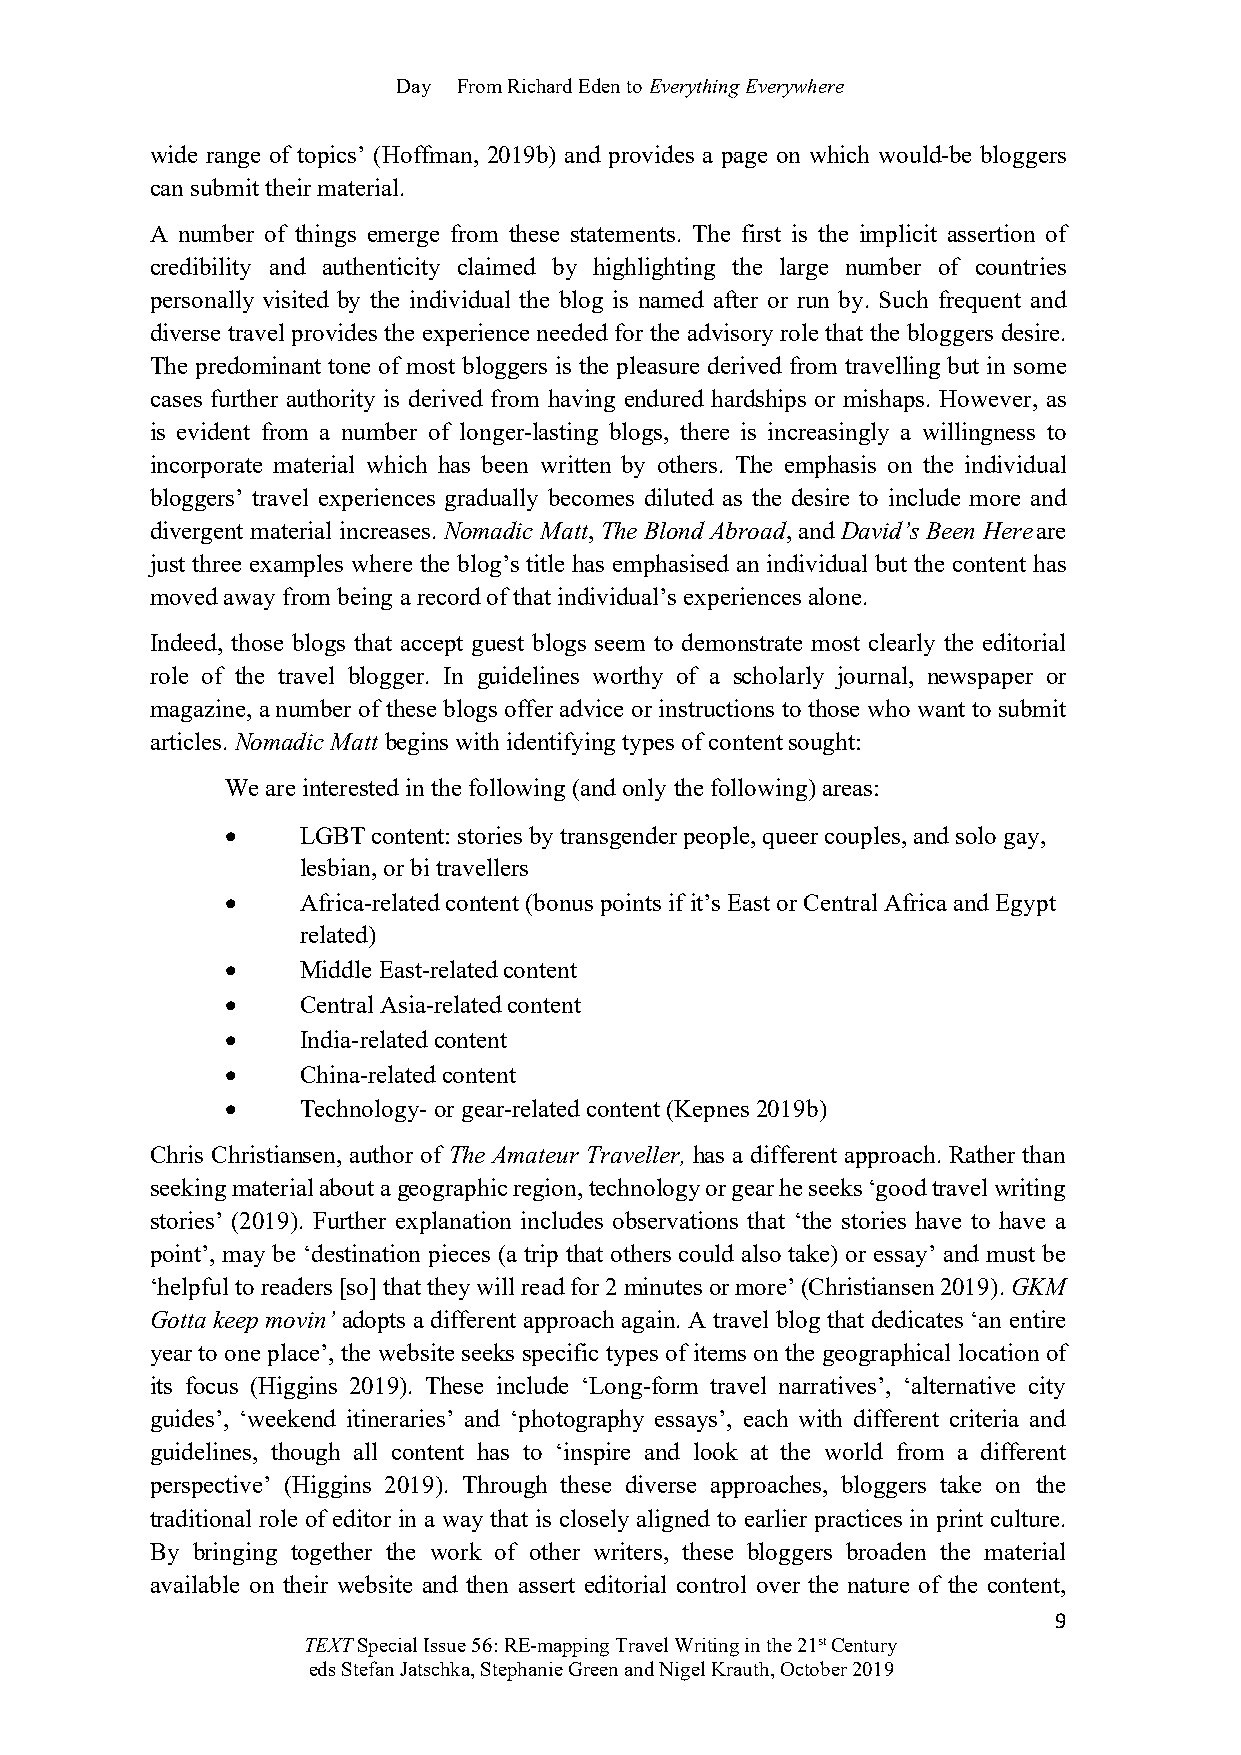
Day From Richard Eden to Everything Everywhere
 wide range of topics’ (Hoffman, 2019b) and provides a page on which would-be bloggers
 can submit their material.
 A number of things emerge from these statements. The first is the implicit assertion of
 credibility and authenticity claimed by highlighting the large number of countries
 personally visited by the individual the blog is named after or run by. Such frequent and
 diverse travel provides the experience needed for the advisory role that the bloggers desire.
 The predominant tone of most bloggers is the pleasure derived from travelling but in some
 cases further authority is derived from having endured hardships or mishaps. However, as
 is evident from a number of longer-lasting blogs, there is increasingly a willingness to
 incorporate material which has been written by others. The emphasis on the individual
 bloggers’ travel experiences gradually becomes diluted as the desire to include more and
 divergent material increases. Nomadic Matt, The Blond Abroad, and David’s Been Here are
 just three examples where the blog’s title has emphasised an individual but the content has
 moved away from being a record of that individual’s experiences alone.
 Indeed, those blogs that accept guest blogs seem to demonstrate most clearly the editorial
 role of the travel blogger. In guidelines worthy of a scholarly journal, newspaper or
 magazine, a number of these blogs offer advice or instructions to those who want to submit
 articles. Nomadic Matt begins with identifying types of content sought:
 We are interested in the following (and only the following) areas:
 •    LGBT content: stories by transgender people, queer couples, and solo gay,
 lesbian, or bi travellers
 •    Africa-related content (bonus points if it’s East or Central Africa and Egypt
 related)
 •    Middle East-related content
 •    Central Asia-related content
 •    India-related content
 •    China-related content
 •    Technology- or gear-related content (Kepnes 2019b)
 Chris Christiansen, author of The Amateur Traveller, has a different approach. Rather than
 seeking material about a geographic region, technology or gear he seeks ‘good travel writing
 stories’ (2019). Further explanation includes observations that ‘the stories have to have a
 point’, may be ‘destination pieces (a trip that others could also take) or essay’ and must be
 ‘helpful to readers [so] that they will read for 2 minutes or more’ (Christiansen 2019). GKM
 Gotta keep movin’ adopts a different approach again. A travel blog that dedicates ‘an entire
 year to one place’, the website seeks specific types of items on the geographical location of
 its focus (Higgins 2019). These include ‘Long-form travel narratives’, ‘alternative city
 guides’, ‘weekend itineraries’ and ‘photography essays’, each with different criteria and
 guidelines, though all content has to ‘inspire and look at the world from a different
 perspective’ (Higgins 2019). Through these diverse approaches, bloggers take on the
 traditional role of editor in a way that is closely aligned to earlier practices in print culture.
 By bringing together the work of other writers, these bloggers broaden the material
 available on their website and then assert editorial control over the nature of the content,
 9
 TEXT Special Issue 56: RE-mapping Travel Writing in the 21st Century
 eds Stefan Jatschka, Stephanie Green and Nigel Krauth, October 2019